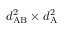
d _ { \mathrm { A B } } ^ { 2 } \times d _ { \mathrm { A } } ^ { 2 }